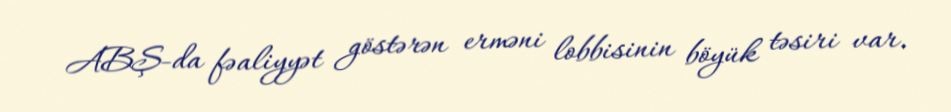
ABŞ-da fəaliyyət göstərən erməni lobbisinin böyük təsiri var.